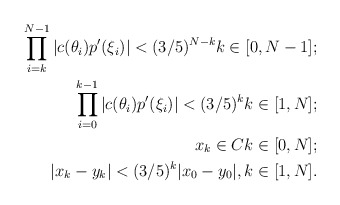
\begin{align*}\prod \limits^{N-1}_{i = k} |c(\theta_i)p'(\xi_i)| < (3/5)^{N - k} k \in [0, N - 1]; \\\prod \limits^{k-1}_{i = 0} |c(\theta_i)p'(\xi_i)| < (3/5)^{k} k \in [1, N]; \\x_k \in C k \in [0, N]; \\|x_k - y_k| < (3/5)^{k}|x_0 - y_0|, k \in [1, N].\end{align*}